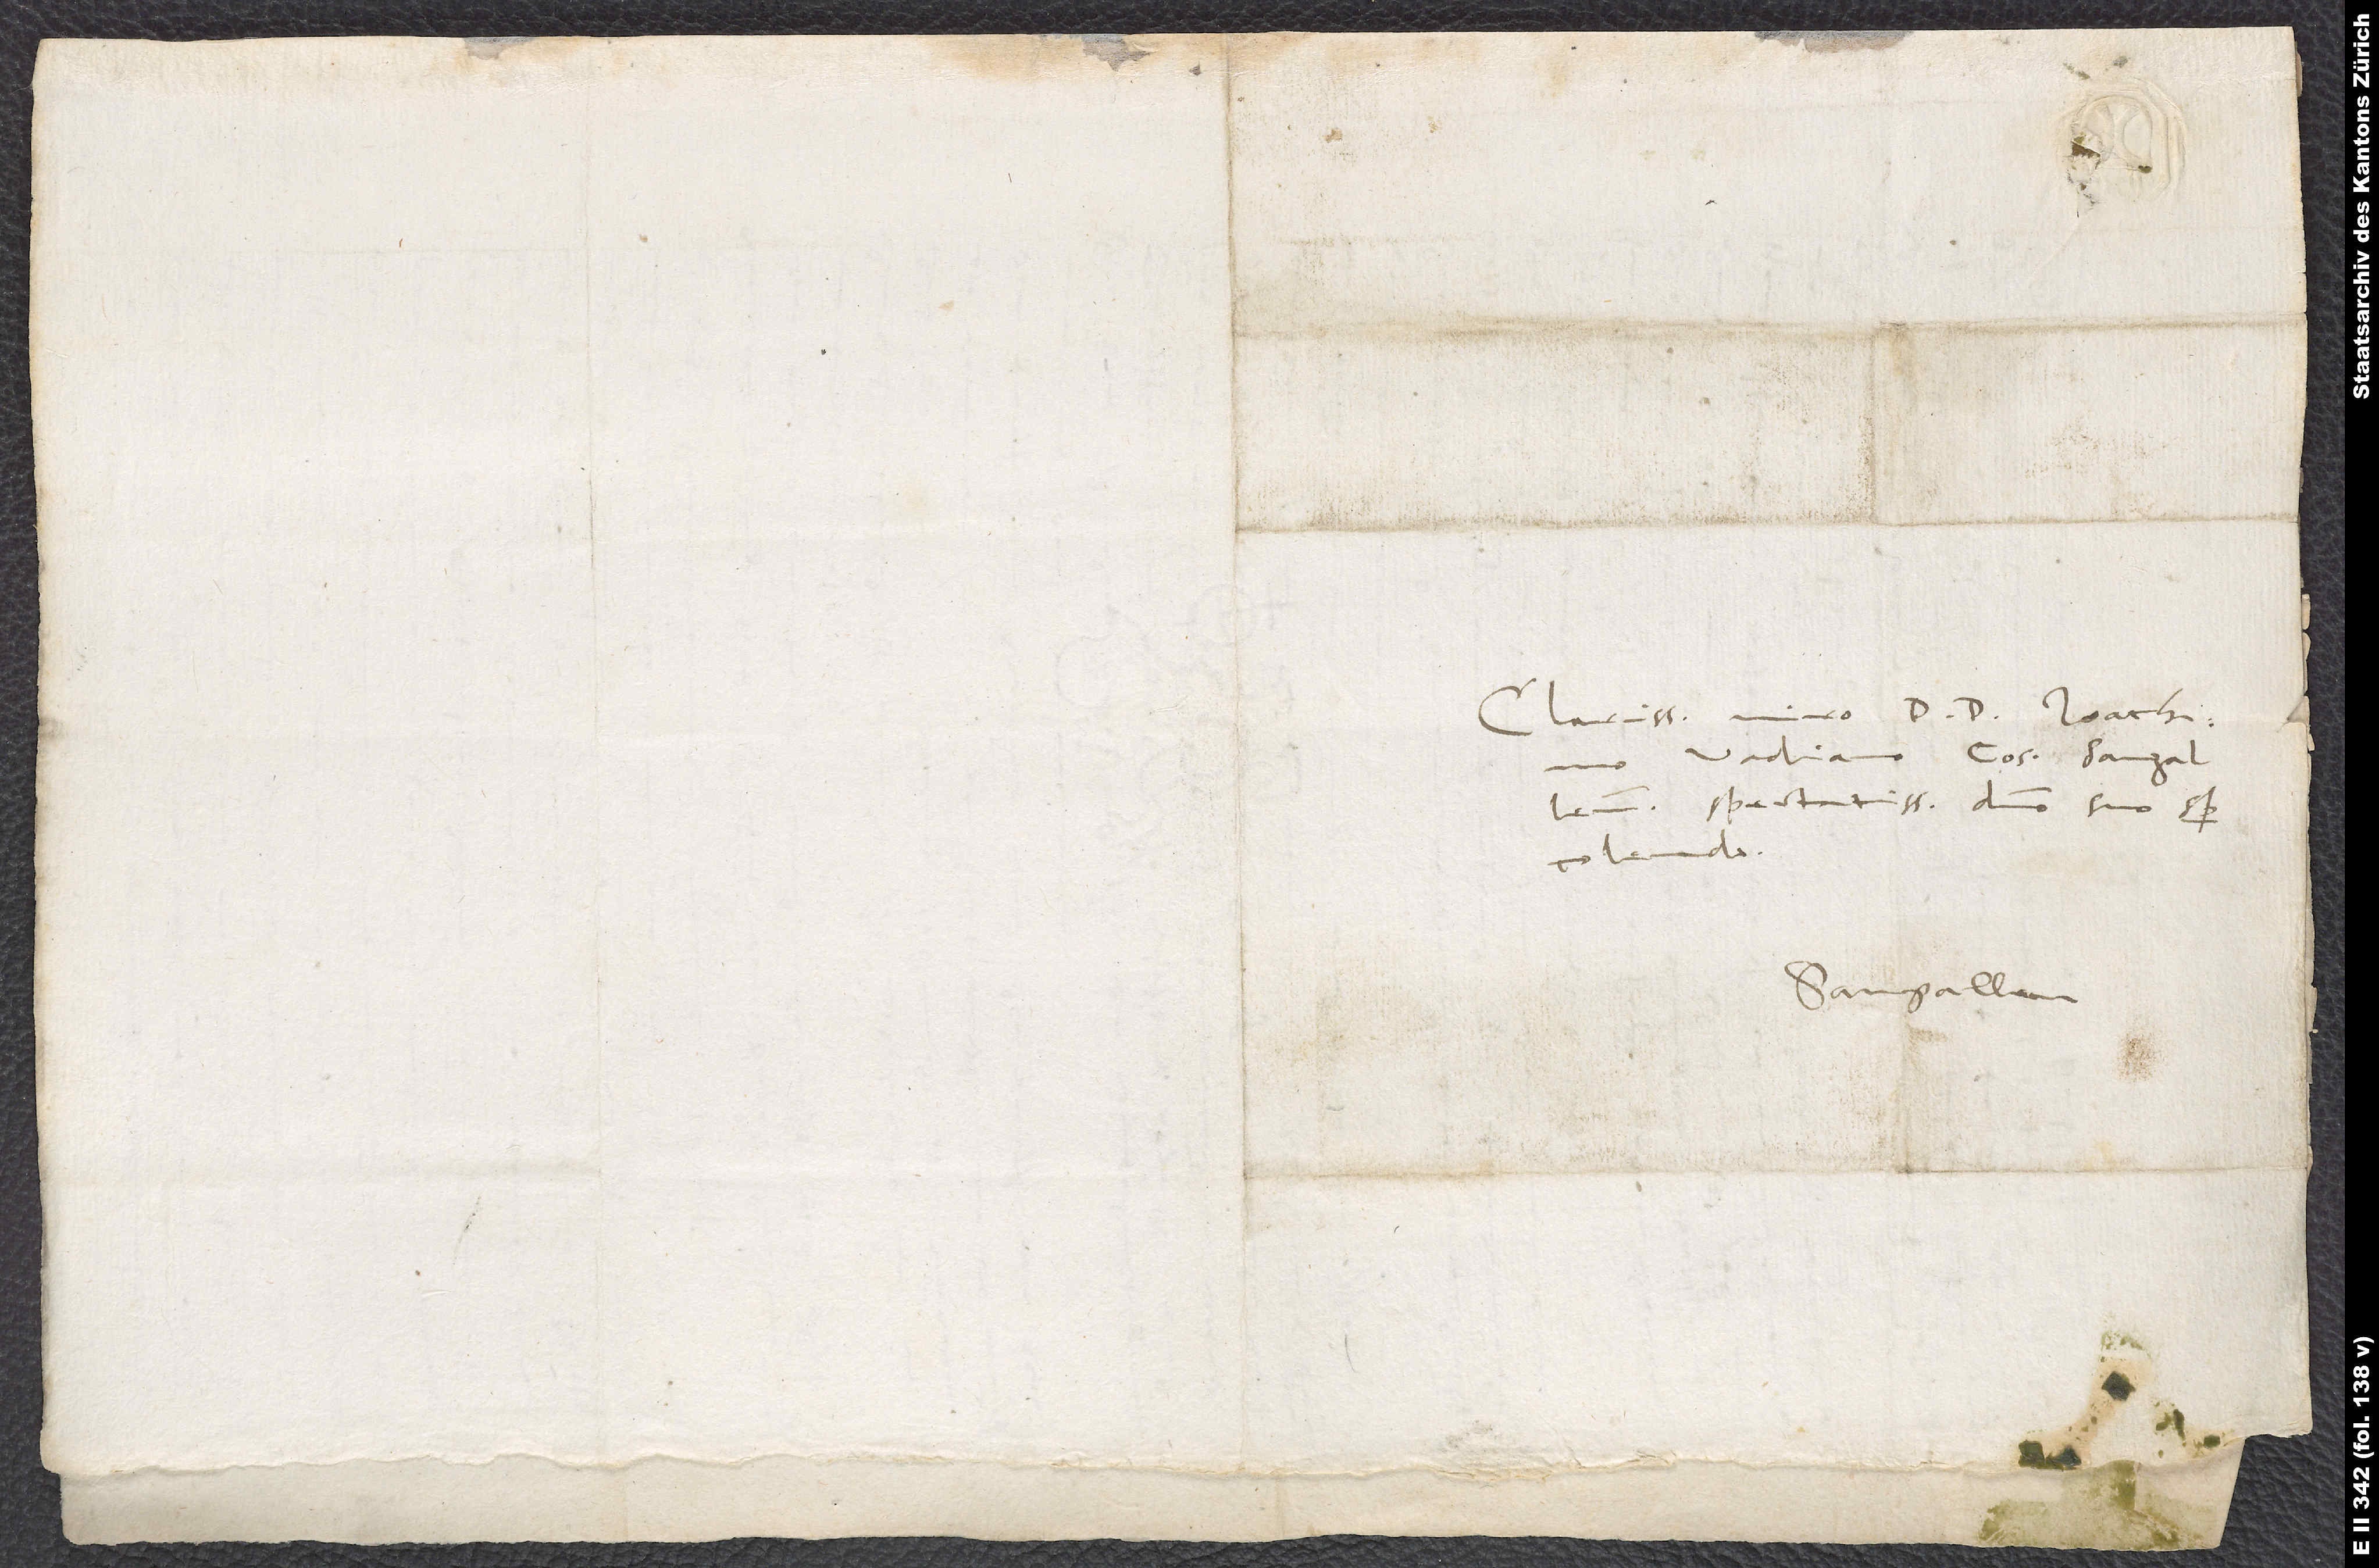
Vadiano, consuli Sangallensi
spectatissimo, domino suo semper
colendo.